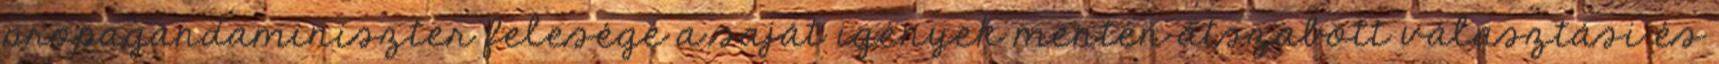
propagandaminiszter felesége a saját igények mentén átszabott választási és